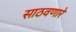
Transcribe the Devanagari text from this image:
साठवणारे